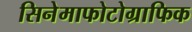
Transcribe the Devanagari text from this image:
सिनेमाफोटोग्राफिक